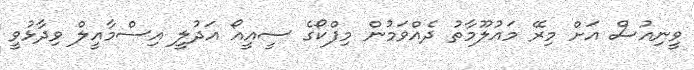
ވީނިއުސް އަށް މިރޭ މައުލޫމާތު ދެއްވަމުން މިފްކޯގެ ސީއީއޯ އަދުލީ އިސްމާއީލް ވިދާޅުވީ